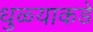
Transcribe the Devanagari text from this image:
धुळ्याकडे